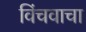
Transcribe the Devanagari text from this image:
विंचवाचा